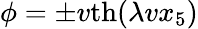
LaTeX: \phi=\pm v\mathrm{th}(\lambda vx_{5})